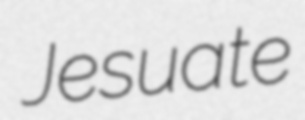
Jesuate